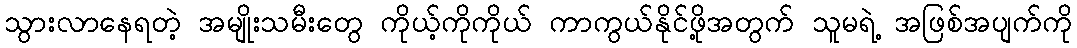
သွားလာနေရတဲ့ အမျိုးသမီးတွေ ကိုယ့်ကိုကိုယ် ကာကွယ်နိုင်ဖို့အတွက် သူမရဲ့ အဖြစ်အပျက်ကို